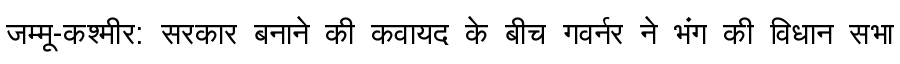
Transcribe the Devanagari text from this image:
जम्मू-कश्मीर: सरकार बनाने की कवायद के बीच गवर्नर ने भंग की विधान सभा